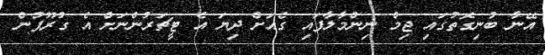
އޭނާ ބުނިގޮތުގައި ޖިމް ނިންމާލާފައި ގެއަށް ދިޔަ އެ ޓީޗަރުންނަށް އެ ގުރޫޕުން